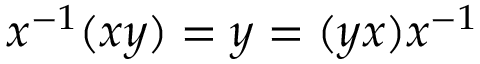
x ^ { - 1 } ( x y ) = y = ( y x ) x ^ { - 1 }